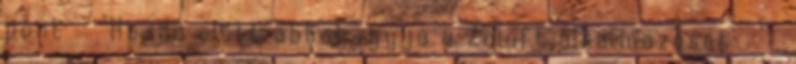
pont "Ha idő előtt abbahagyja a Zoloft alkalmazását " .